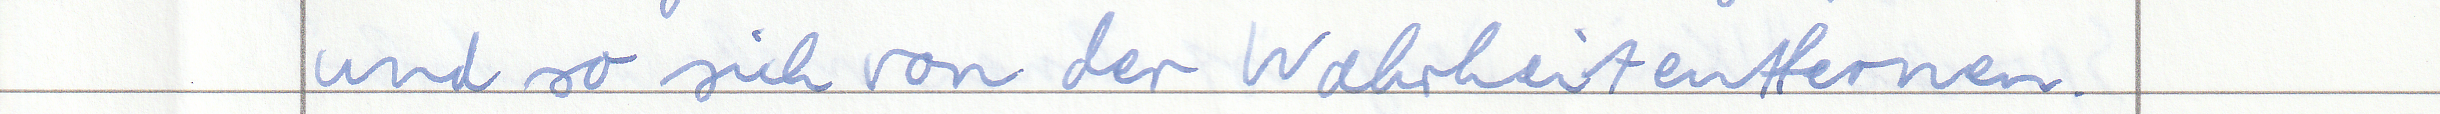
und so sich von der Wahrheit entfernen.